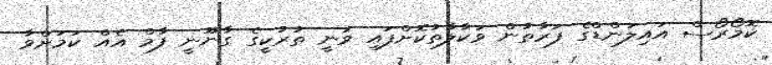
ކޮމޯރޯސް އައިލަންޑްގެ ފަރާތުން ވަކާލާތުކޮށްފައި ވަނީ ތުރުކީގެ ގާނޫނީ ފާމް އެެއް ކަމަށްވާ